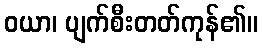
ဝယာ၊ ပျက်စီးတတ်ကုန်၏။